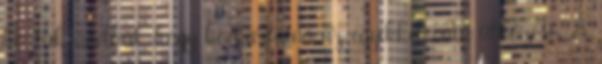
köztük anélkül, hogy kockáztatná az egyikkel való ütközést. A